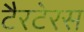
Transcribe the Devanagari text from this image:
टैरटेरस